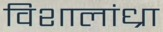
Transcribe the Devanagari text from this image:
विशालांध्रा